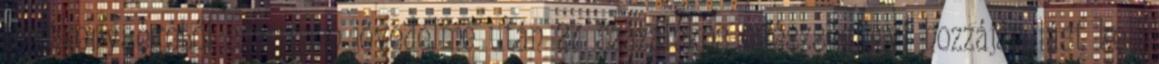
tevékenységéből származó jövedelme után 27 százalékos egészségügyi hozzájárulást kell